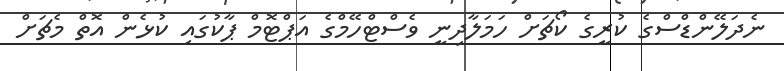
ނެދަލޭންޑްސްގެ ކުރީގެ ކޯޗަށް ހަމަލާދިނީ ވެސްޓްހޭމްގެ އަޕްޓޮމް ޕާކުގައި ކުޅެން އޮތް މެޗަށް